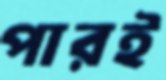
পারই